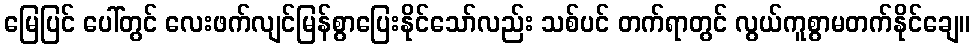
မြေပြင် ပေါ်တွင် လေးဖက်လျင်မြန်စွာပြေးနိုင်သော်လည်း သစ်ပင် တက်ရာတွင် လွယ်ကူစွာမတက်နိုင်ချေ။